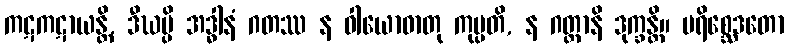
ကဋကဋာယန္တိ, ဒီဃမ္ပိ အဒ္ဓါနံ ဂတဿ န ဝါယောဓာတု ကုပ္ပတိ, န ဂတ္တာနိ ဒုက္ခန္တိ။ ပရိစ္ဆေဒတော